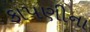
કાપણીના